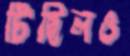
টিছিলও